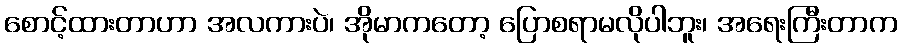
စောင့်ထားတာဟာ အလကားပဲ၊ အိုမာကတော့ ပြောစရာမလိုပါဘူး၊ အရေးကြီးတာက